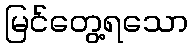
မြင်တွေ့ရသော